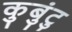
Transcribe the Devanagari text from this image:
कुबुंटु